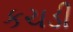
કચડી